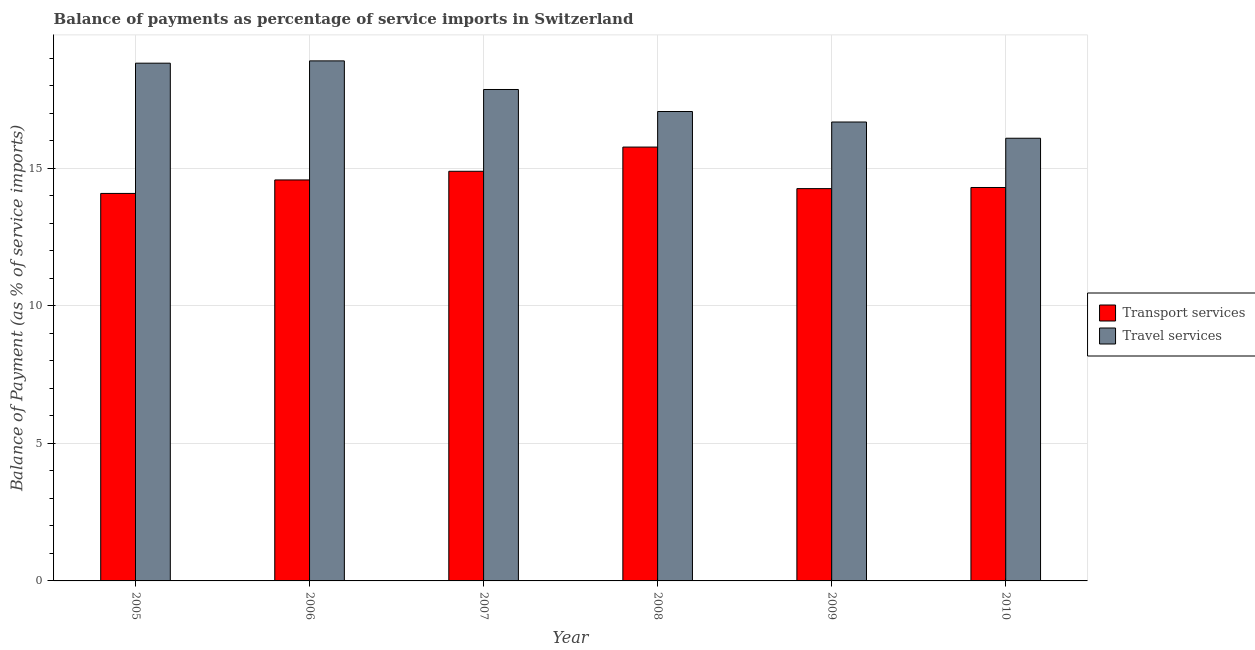
| Year | Transport services | Travel services |
 | --- | --- | --- |
 | 2005 | 14.1 | 18.8 |
 | 2006 | 14.6 | 18.9 |
 | 2007 | 14.9 | 17.9 |
 | 2008 | 15.8 | 17.1 |
 | 2009 | 14.3 | 16.7 |
 | 2010 | 14.3 | 16.1 |